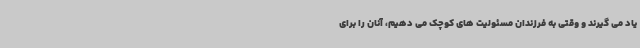
یاد می گیرند و وقتی به فرزندان مسئولیت های کوچک می دهیم، آنان را برای